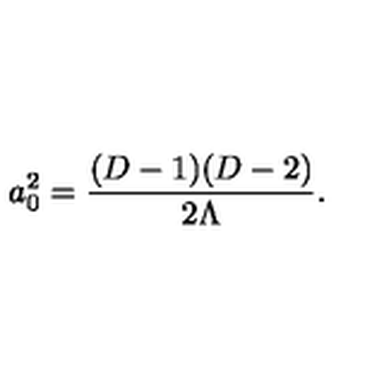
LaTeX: a _ { 0 } ^ { 2 } = { \frac { ( D - 1 ) ( D - 2 ) } { 2 \Lambda } } .